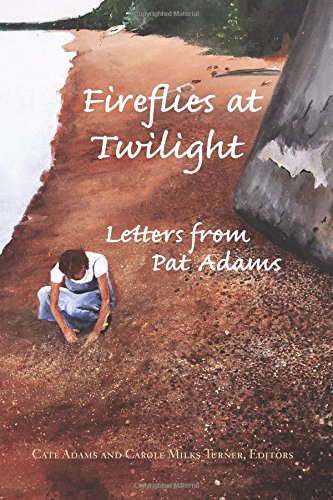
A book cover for Fireflies at Twilight: Letters from Pat Adams; Literature & Fiction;